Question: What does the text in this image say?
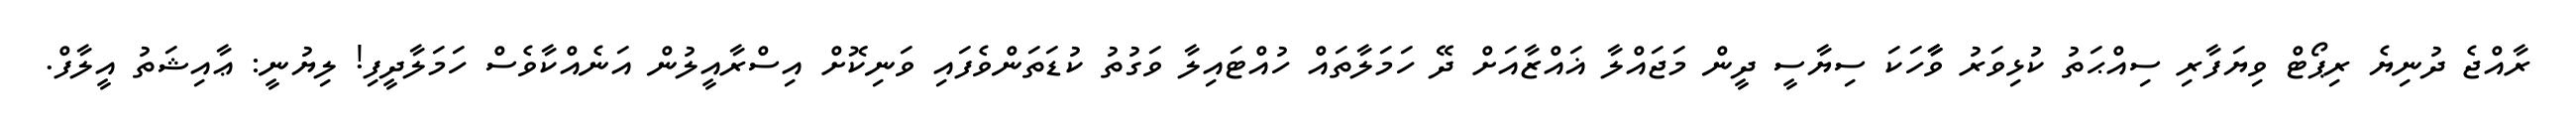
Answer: ރާއްޖެ ދުނިޔެ ރިޕޯޓް ވިޔަފާރި ސިއްޙަތު ކުޅިވަރު ވާާހަކަ ސިޔާސީ ދީން މަޖައްލާ ޣައްޒާއަށް ދޭ ހަމަލާތައް ހުއްޓައިލާ ވަގުތު ކުޑަތަންވެފައި ވަނިކޮށް އިސްރާއީލުން އަނެއްކާވެސް ހަމަލާދީފި! ލިޔުނީ: ޢާއިޝަތު އީލާފް.